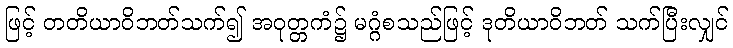
ဖြင့် တတိယာဝိဘတ်သက်၍ အဝုတ္တကံ၌ မဂ္ဂံစသည်ဖြင့် ဒုတိယာဝိဘတ် သက်ပြီးလျှင်